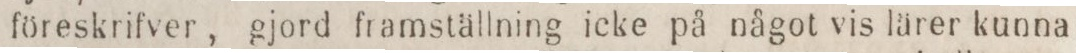
föreskrifver, gjord framställning icke på något vis lärer kunna